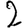
Digit: 2